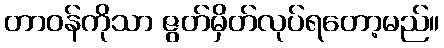
တာဝန်ကိုသာ ဇွတ်မှိတ်လုပ်ရတော့မည်။